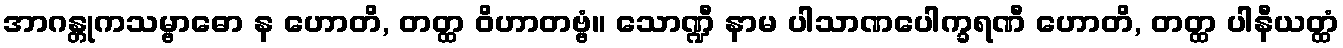
အာဂန္တုကသမ္ဗာဓော န ဟောတိ, တတ္ထ ဝိဟာတဗ္ဗံ။ သောဏ္ဍီ နာမ ပါသာဏပေါက္ခရဏီ ဟောတိ, တတ္ထ ပါနီယတ္ထံ